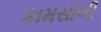
કામસોલી